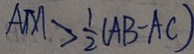
A M > \frac { 1 } { 2 } ( A B - A C )